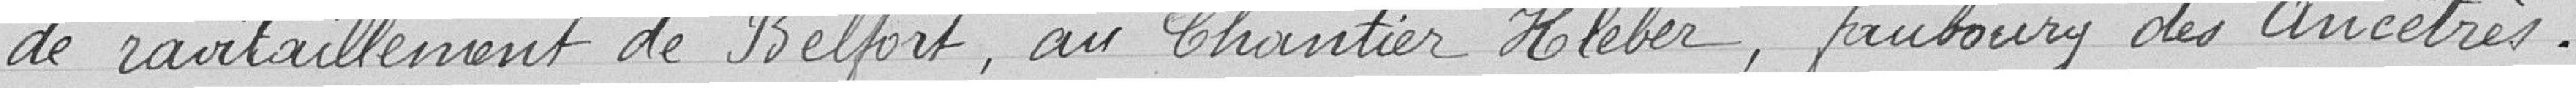
Et qu’ensuite il a pris la décision de conduire tout le bois à la commission